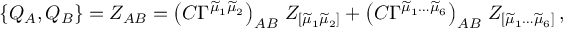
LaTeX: \{ Q _ { A } , Q _ { B } \} = Z _ { A B } = \left( C \Gamma ^ { \widetilde { \mu } _ { 1 } \widetilde { \mu } _ { 2 } } \right) _ { A B } \, Z _ { [ \widetilde { \mu } _ { 1 } \widetilde { \mu } _ { 2 } ] } + \left( C \Gamma ^ { \widetilde { \mu } _ { 1 } \ldots \widetilde { \mu } _ { 6 } } \right) _ { A B } \, Z _ { [ \widetilde { \mu } _ { 1 } \ldots \widetilde { \mu } _ { 6 } ] } \, ,